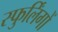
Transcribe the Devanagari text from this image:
स्फुर्लिंगों